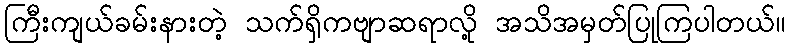
ကြီးကျယ်ခမ်းနားတဲ့ သက်ရှိကဗျာဆရာလို့ အသိအမှတ်ပြုကြပါတယ်။